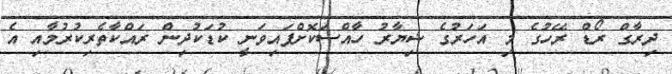
ދިރާގް ރޯޑް ރޭހުގެ މި އަހަރުގެ ޝިޔާރު ހާއްސަކޮށްފައިވަނީ ކުޑަކުދިން ރައްކާތެރިކުރުމާއި އެ